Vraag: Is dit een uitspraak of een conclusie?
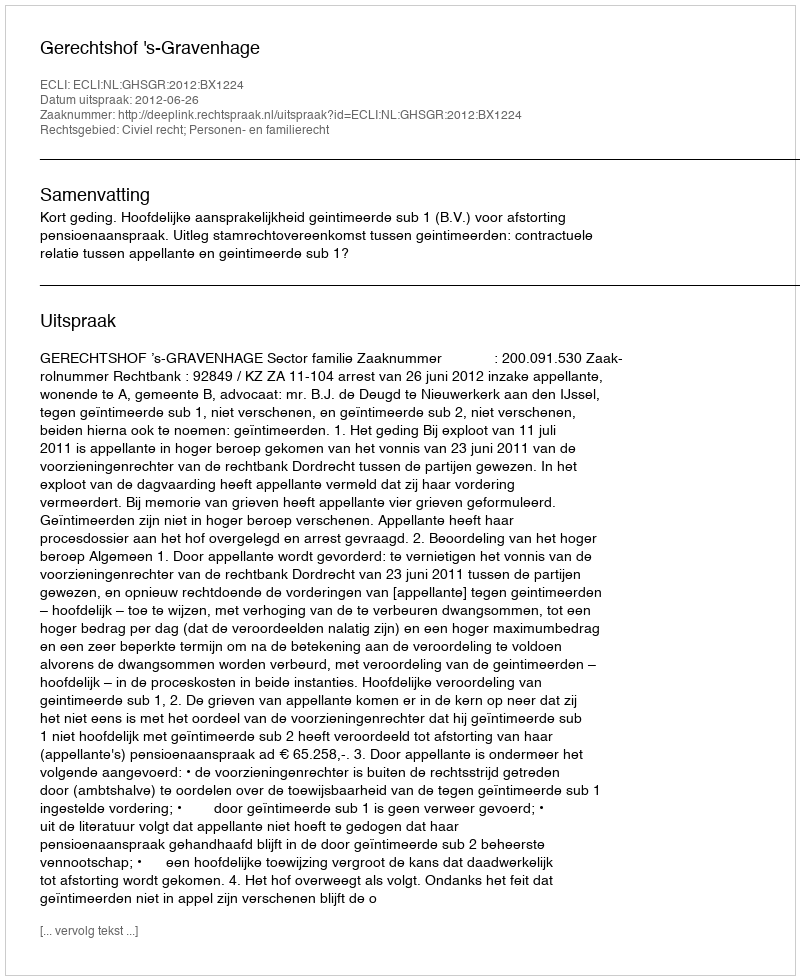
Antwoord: Uitspraak